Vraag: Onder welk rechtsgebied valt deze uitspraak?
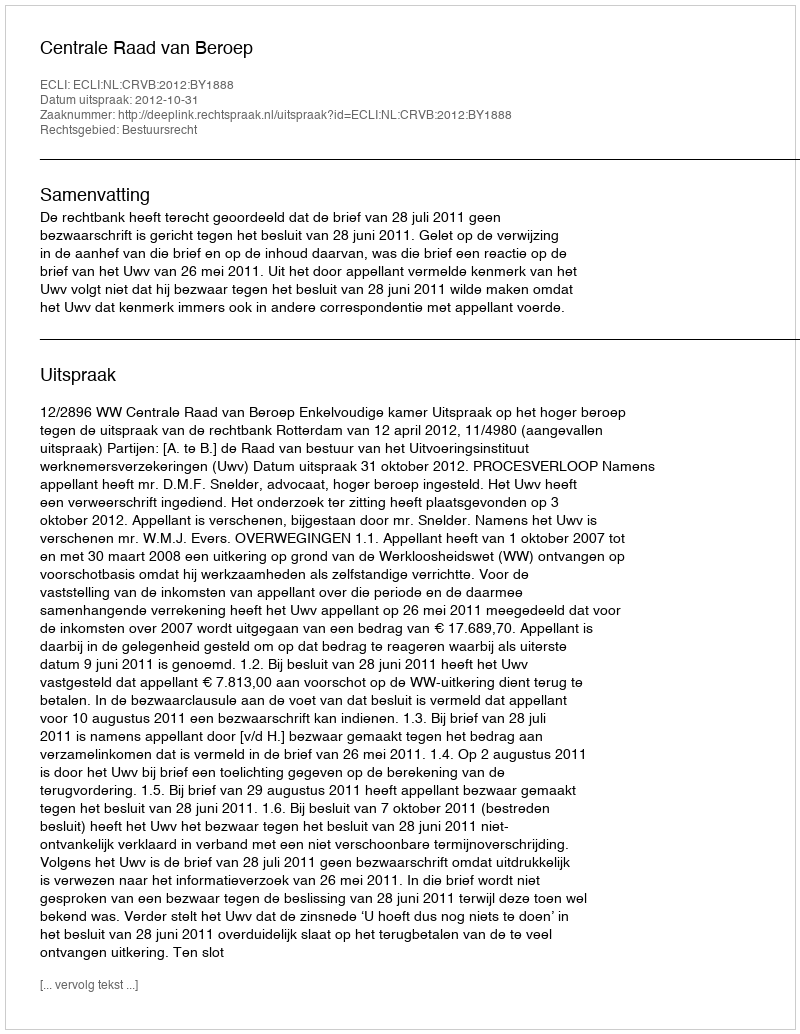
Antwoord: Bestuursrecht